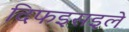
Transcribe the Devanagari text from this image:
दिफइसइले